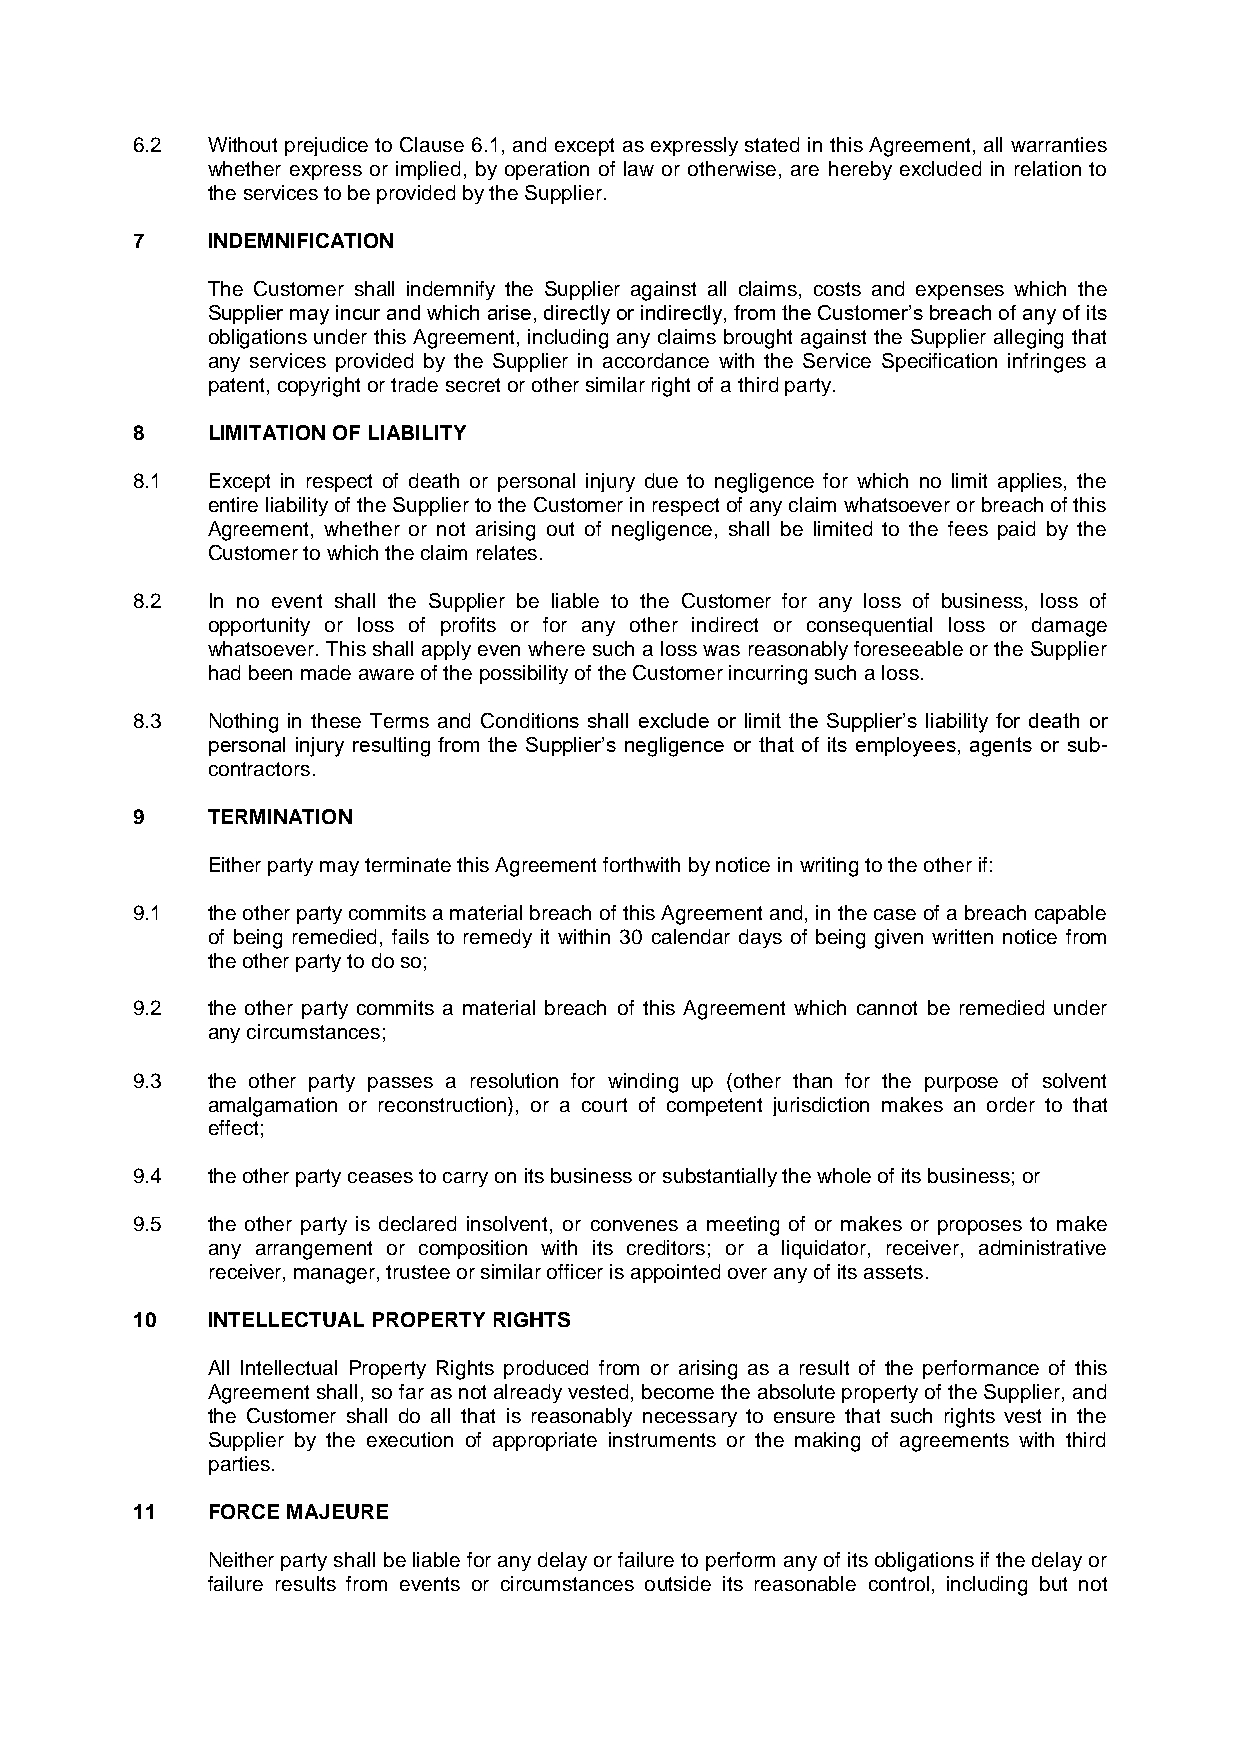
6.2  Without prejudice to Clause 6.1, and except as expressly stated in this Agreement, all warranties
 whether express or implied, by operation of law or otherwise, are hereby excluded in relation to
 the services to be provided by the Supplier.
 7    INDEMNIFICATION
 The Customer shall indemnify the Supplier against all claims, costs and expenses which the
 Supplier may incur and which arise, directly or indirectly, from the Customer’s breach of any of its
 obligations under this Agreement, including any claims brought against the Supplier alleging that
 any services provided by the Supplier in accordance with the Service Specification infringes a
 patent, copyright or trade secret or other similar right of a third party.
 8    LIMITATION OF LIABILITY
 8.1  Except in respect of death or personal injury due to negligence for which no limit applies, the
 entire liability of the Supplier to the Customer in respect of any claim whatsoever or breach of this
 Agreement, whether or not arising out of negligence, shall be limited to the fees paid by the
 Customer to which the claim relates.
 8.2  In no event shall the Supplier be liable to the Customer for any loss of business, loss of
 opportunity or loss of profits or for any other indirect or consequential loss or damage
 whatsoever. This shall apply even where such a loss was reasonably foreseeable or the Supplier
 had been made aware of the possibility of the Customer incurring such a loss.
 8.3  Nothing in these Terms and Conditions shall exclude or limit the Supplier’s liability for death or
 personal injury resulting from the Supplier’s negligence or that of its employees, agents or sub-
 contractors.
 9    TERMINATION
 Either party may terminate this Agreement forthwith by notice in writing to the other if:
 9.1  the other party commits a material breach of this Agreement and, in the case of a breach capable
 of being remedied, fails to remedy it within 30 calendar days of being given written notice from
 the other party to do so;
 9.2  the other party commits a material breach of this Agreement which cannot be remedied under
 any circumstances;
 9.3  the other party passes a resolution for winding up (other than for the purpose of solvent
 amalgamation or reconstruction), or a court of competent jurisdiction makes an order to that
 effect;
 9.4  the other party ceases to carry on its business or substantially the whole of its business; or
 9.5  the other party is declared insolvent, or convenes a meeting of or makes or proposes to make
 any arrangement or composition with its creditors; or a liquidator, receiver, administrative
 receiver, manager, trustee or similar officer is appointed over any of its assets.
 10   INTELLECTUAL PROPERTY RIGHTS
 All Intellectual Property Rights produced from or arising as a result of the performance of this
 Agreement shall, so far as not already vested, become the absolute property of the Supplier, and
 the Customer shall do all that is reasonably necessary to ensure that such rights vest in the
 Supplier by the execution of appropriate instruments or the making of agreements with third
 parties.
 11   FORCE MAJEURE
 Neither party shall be liable for any delay or failure to perform any of its obligations if the delay or
 failure results from events or circumstances outside its reasonable control, including but not